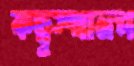
কছুস্থানপ